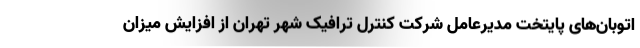
اتوبان‌های پایتخت مدیرعامل شرکت کنترل ترافیک شهر تهران از افزایش میزان